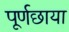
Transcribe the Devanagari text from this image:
पूर्णछाया